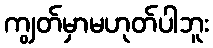
ကျွတ်မှာမဟုတ်ပါဘူး